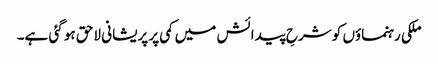
ملکی رہنماؤں کو شرحِ پیدائش میں کمی پر پریشانی لاحق ہو گئی ہے۔